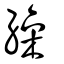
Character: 繰